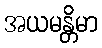
အယမန္တိမာ